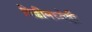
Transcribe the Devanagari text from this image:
पिढीमध्येही